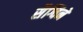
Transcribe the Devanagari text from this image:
सैग्विने